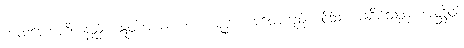
ကထံဟောတိ၊ နည်း။ ဣတိအယံ၊ ကား။ ပုစ္ဆာ၊ အမေးတည်း။ ဝိသံ၊ အဆိပ်သည်။ အတ္ထိဝါ၊